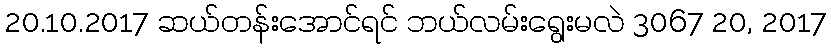
20.10.2017 ဆယ်တန်းအောင်ရင် ဘယ်လမ်းရွေးမလဲ 3067 20, 2017